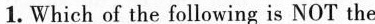
1. Which of the following is NOT the